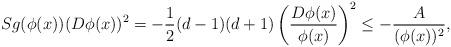
LaTeX: \begin{align*}Sg(\phi(x))(D \phi(x))^2= -\dfrac{1}{2}(d-1)(d+1)\left( \dfrac{D \phi(x)}{\phi(x)} \right)^{2} \leq - \dfrac{A}{(\phi(x))^{2}},\end{align*}